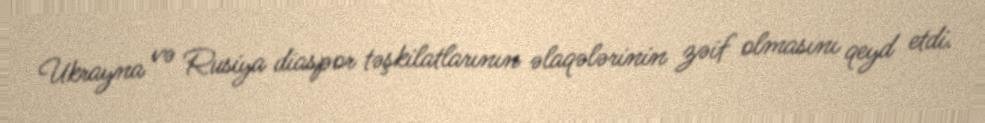
Ukrayna və Rusiya diaspor təşkilatlarının əlaqələrinin zəif olmasını qeyd etdi.